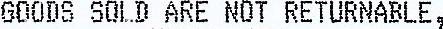
GOODS SOLD ARE NOT RETURNABLE,